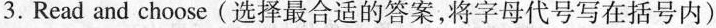
3. Read and choose (选择最合适的答案,将字母代号写在括号内)